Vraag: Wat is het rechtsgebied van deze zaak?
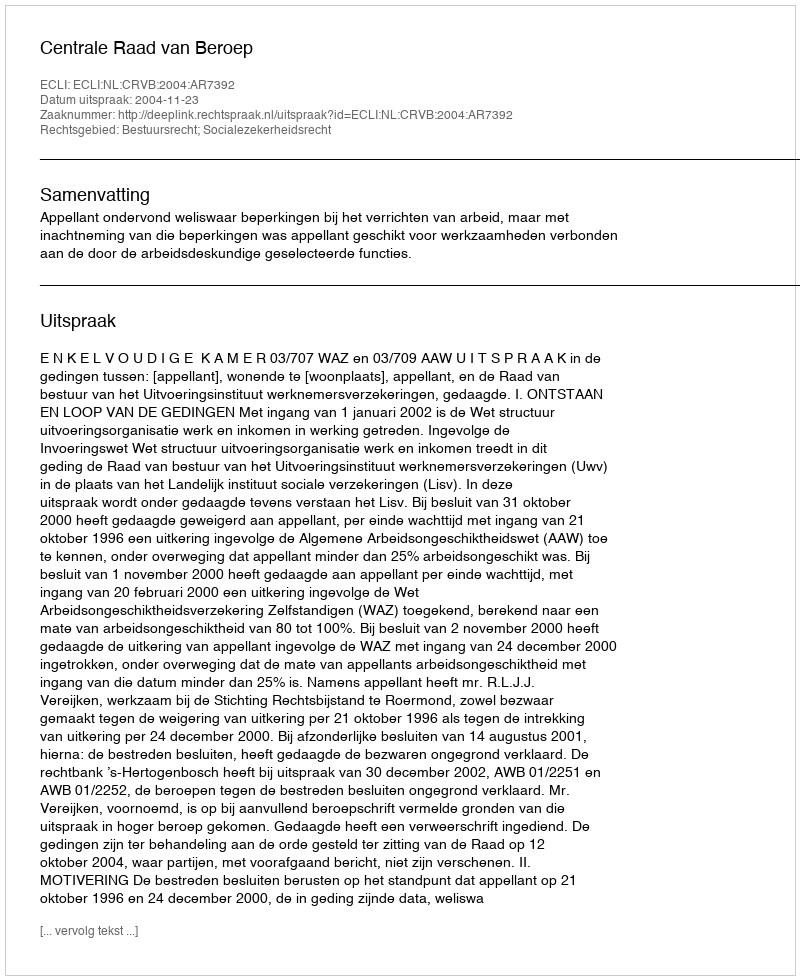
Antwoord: Bestuursrecht; Socialezekerheidsrecht